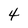
Character: 4